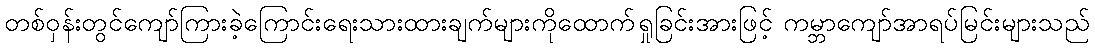
တစ်ဝှန်းတွင်ကျော်ကြားခဲ့ကြောင်းရေးသားထားချက်များကိုထောက်ရှုခြင်းအားဖြင့် ကမ္ဘာကျော်အာရပ်မြင်းများသည်